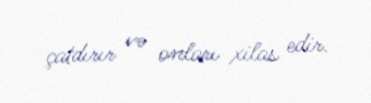
çatdırır və onları xilas edir.